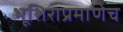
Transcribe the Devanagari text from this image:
भूशिराप्रमाणेच